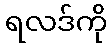
ရလဒ်ကို